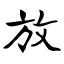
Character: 放